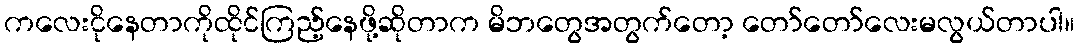
ကလေးငိုနေတာကိုထိုင်ကြည့်နေဖို့ဆိုတာက မိဘတွေအတွက်တော့ တော်တော်လေးမလွယ်တာပါ။